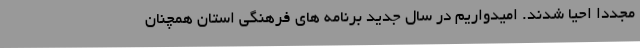
مجددا احیا شدند. امیدواریم در سال جدید برنامه های فرهنگی استان همچنان